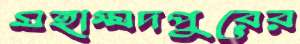
মহাম্মদপুরের